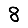
Digit: 8